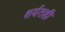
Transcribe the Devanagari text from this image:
शर्यतही